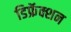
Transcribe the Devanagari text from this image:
डिफ्रॅक्शन